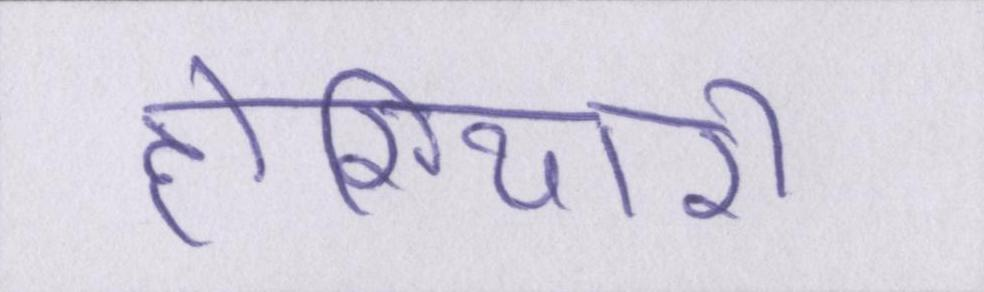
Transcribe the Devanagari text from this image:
होशियारी